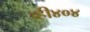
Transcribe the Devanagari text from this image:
व्ही४०४